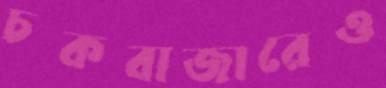
চকবাজারেও